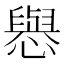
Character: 㦛